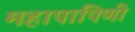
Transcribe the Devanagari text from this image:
महापापिणी